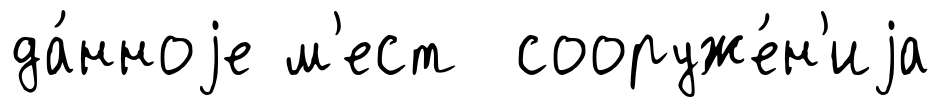
да́нноjе м'ест сооруже́н'иjа